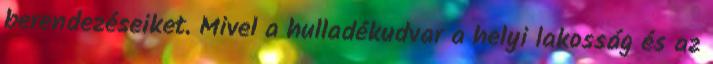
berendezéseiket. Mivel a hulladékudvar a helyi lakosság és az